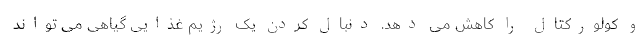
و کولورکتال را کاهش می دهد. دنبال کردن یک رژیم غذایی گیاهی می تواند